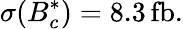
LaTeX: \sigma(B_{c}^{*})=8.3\, \mathrm{fb}.